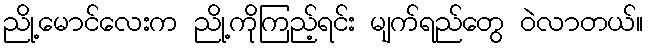
ညို့မောင်လေးက ညို့ကိုကြည့်ရင်း မျက်ရည်တွေ ဝဲလာတယ်။